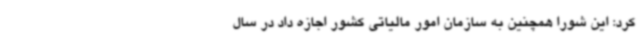
کرد: این شورا همچنین به سازمان امور مالیاتی کشور اجازه داد در سال